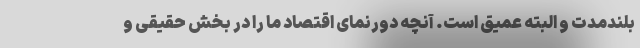
بلندمدت و البته عمیق است. آنچه دورنمای اقتصاد ما را در بخش حقیقی و